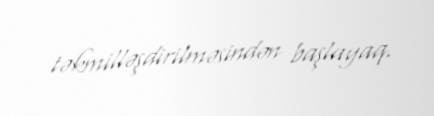
təkmilləşdirilməsindən başlayaq.